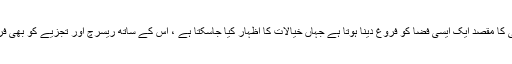
یونیورسٹی کا مقصد ایک ایسی فضا کو فروغ دینا ہوتا ہے جہاں خیالات کا اظہار کیا جاسکتا ہے ، اس کے ساتھ ریسرچ اور تجزیے کو بھی فروغ ملے۔